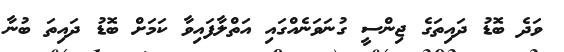
ވަދެ ބޮޑު ދައިތަގެ ޖިންސީ ގުނަވަނެއްގައި އަތްލާފައިވާ ކަމަށް ބޮޑު ދައިތަ ބުނާ